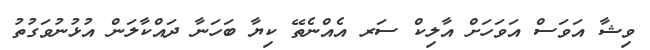
ވިޝާ އަވަސް އަވަހަށް އާލިކް ސަރ އެއްނެތޭ ކިޔާ ބަހަނާ ދައްކާލަން އުޅުނުވަގުތު